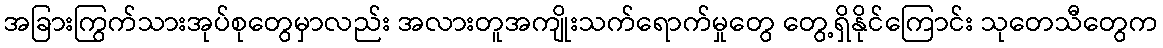
အခြားကြွက်သားအုပ်စုတွေမှာလည်း အလားတူအကျိုးသက်ရောက်မှုတွေ တွေ့ရှိနိုင်ကြောင်း သုတေသီတွေက